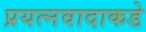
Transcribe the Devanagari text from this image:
प्रयत्‍नवादाकडे